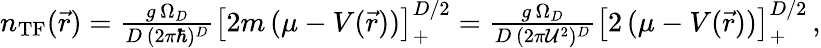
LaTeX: \begin{array}{r}{n_{\mathrm{TF}}(\vec{r})=\frac{g\, \Omega_{D}}{D\, (2\pi\hbar)^{D}}\big[2m\, (\mu-V(\vec{r}))\big]_{+}^{D/2}=\frac{g\, \Omega_{D}}{D\, (2\pi{\mathcal U}^{2})^{D}}\big[2\, (\mu-V(\vec{r}))\big]_{+}^{D/2}\, ,}\end{array}